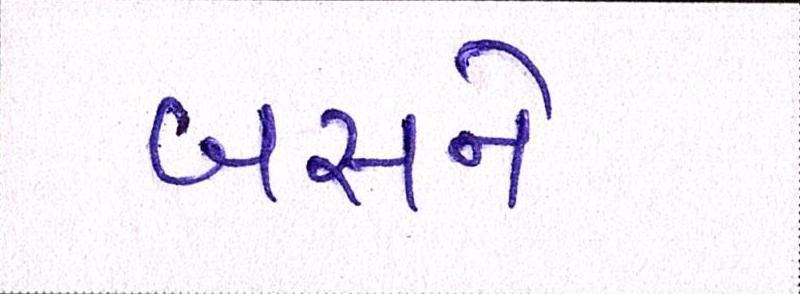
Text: બસને